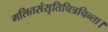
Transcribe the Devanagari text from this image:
गलितसंसृतिचित्रचिन्ता।